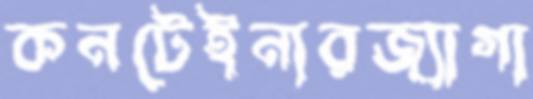
কনটেইনারজ্যাগা